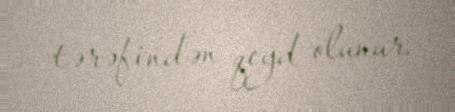
tərəfindən qeyd olunur.